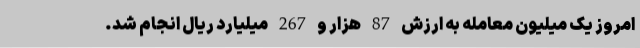
امروز یک میلیون معامله به ارزش 87 هزار و 267 میلیارد ریال انجام شد.